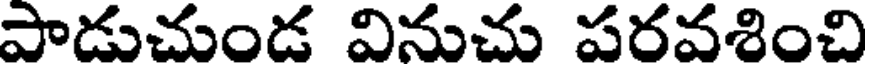
పాడుచుండ వినుచు పరవశించి